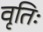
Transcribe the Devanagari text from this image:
वृतिः